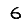
Digit: 6